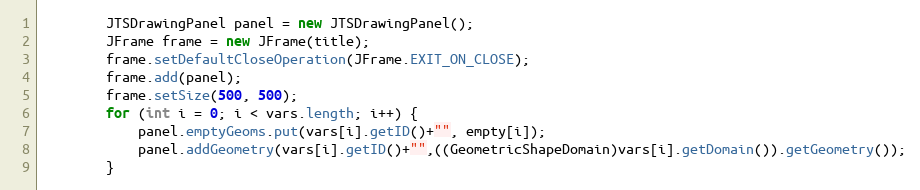
Language: Java
		JTSDrawingPanel panel = new JTSDrawingPanel();
		JFrame frame = new JFrame(title);
		frame.setDefaultCloseOperation(JFrame.EXIT_ON_CLOSE);
		frame.add(panel);
		frame.setSize(500, 500);
		for (int i = 0; i < vars.length; i++) {
			panel.emptyGeoms.put(vars[i].getID()+"", empty[i]);
			panel.addGeometry(vars[i].getID()+"",((GeometricShapeDomain)vars[i].getDomain()).getGeometry());
		}